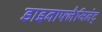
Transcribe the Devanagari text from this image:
डाइनाफ्लैजिलेट्